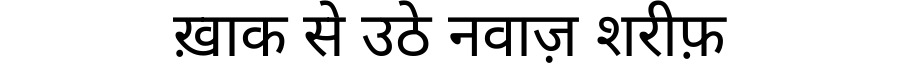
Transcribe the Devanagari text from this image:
ख़ाक से उठे नवाज़ शरीफ़